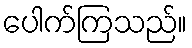
ပေါက်ကြသည်။